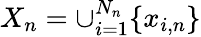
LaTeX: X_{n}=\cup_{i=1}^{N_{n}}\{ x_{i,n}\}